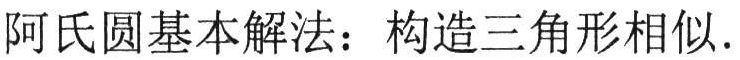
阿氏圆基本解法：构造三角形相似.